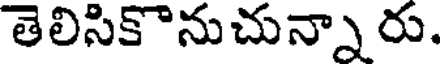
తెలిసికొనుచున్నా రు.